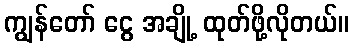
ကျွန်တော် ငွေ အချို့ ထုတ်ဖို့လိုတယ်။